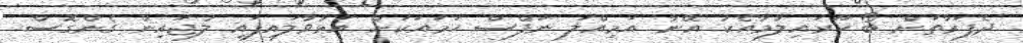
ދެފަރާތަށް ބޯ ހޫރައިލުމާއެކު އޭނާ އަމިއްލަ ނަފްސް ހަމައަކަށް އަޅުވާލައިފައި ލުޖައިން ގެންގޮސް